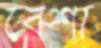
বেশা